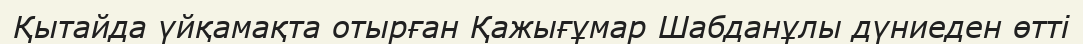
Қытайда үйқамақта отырған Қажығұмар Шабданұлы дүниеден өтті